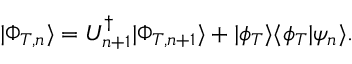
| \Phi _ { T , n } \rangle = U _ { n + 1 } ^ { \dagger } | \Phi _ { T , n + 1 } \rangle + | \phi _ { T } \rangle \langle \phi _ { T } | \psi _ { n } \rangle .